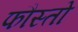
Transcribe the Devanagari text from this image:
फौस्तो